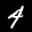
Label: 4